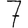
Digit: 7